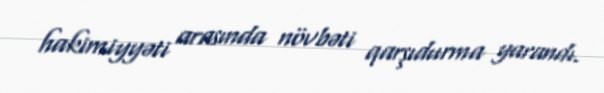
hakimiyyəti arasında növbəti qarşıdurma yarandı.